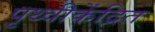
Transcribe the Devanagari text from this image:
पृथ्वीकेंद्रित